Sanitation, dispensaries and jails vaccination Rajputana 1922-1927 - 1922-1927
Year: 1922
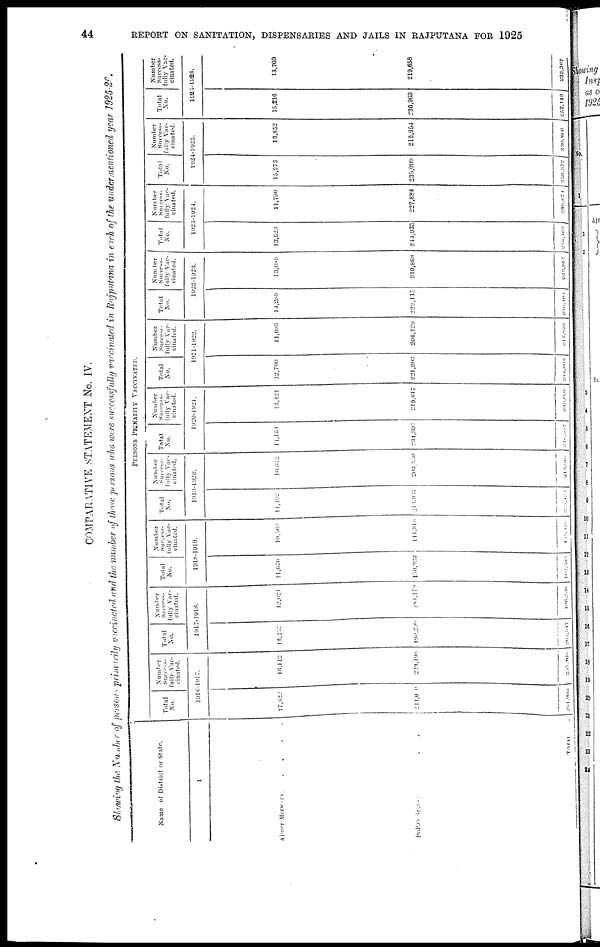
44
REPORT ON SANITATION, DISPENSARIES AND JAILS IN RAJPUTANA FOR 1925
COMPARATIVE STATEMENT No. IV.
Showing the Number of persons primarily vaccinated and the number of those persons who were successfully vaccinated in Rajputana in each of the undermentioned year 1925-26.
Name of District or State.
1
Ajmer-Merwara
.
.
.
.
.
Indian States . . . .
TOTAL
PERSONS PRIMARILY VACCINATED.
Total
No.
Number
Success-
fully Vac-
cinated.
1916-1017.
17,822
244,000
261,903
16,112
239,196
255,308
Total
No.
Number
Success-
fully Vac-
cinated.
1917-1918.
13,257
190,290
203,547
12,621
184,179
196,790
Total
No.
Number
Success-
fully Vac-
cinated.
1918-1919.
11,676
150,923
162,599
10,363
144,946
155,479
Total
No.
Number
Success-
fully Vac-
cinated.
1919-1920.
11,192
913,931
225,123
10,612
203,350
213,962
Total
No.
Number
Success-
fully Vac-
cinated.
1920-1921.
14,154
234,803
248,957
13,421
219,617
232,038
Total
No.
Number
Success-
fully Vac-
cinated.
1921-1922.
12,700
221,903
234,603
11,693
206,129
217,822
Total
No.
Number
Success-
fully Vac-
cinated.
1922-1923.
14,289
222,115
236,404
13,089
210,868
223,957
Total
No.
Number
Success-
fully Vac-
cinated.
1923-1924.
13,529
244,933
258,462
11,790
227,884
239,674
Total
No.
Number
Success-
fully Vac-
cinated.
1924-1925.
15,273
235,099
250,372
13,852
216,954
230,806
Total
No.
Number
Success-
fully Vac-
cinated.
1925-1926.
15,216
236,903
252,119
13,709
219,658
233,367